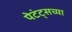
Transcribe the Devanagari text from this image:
पेटंट्सच्या